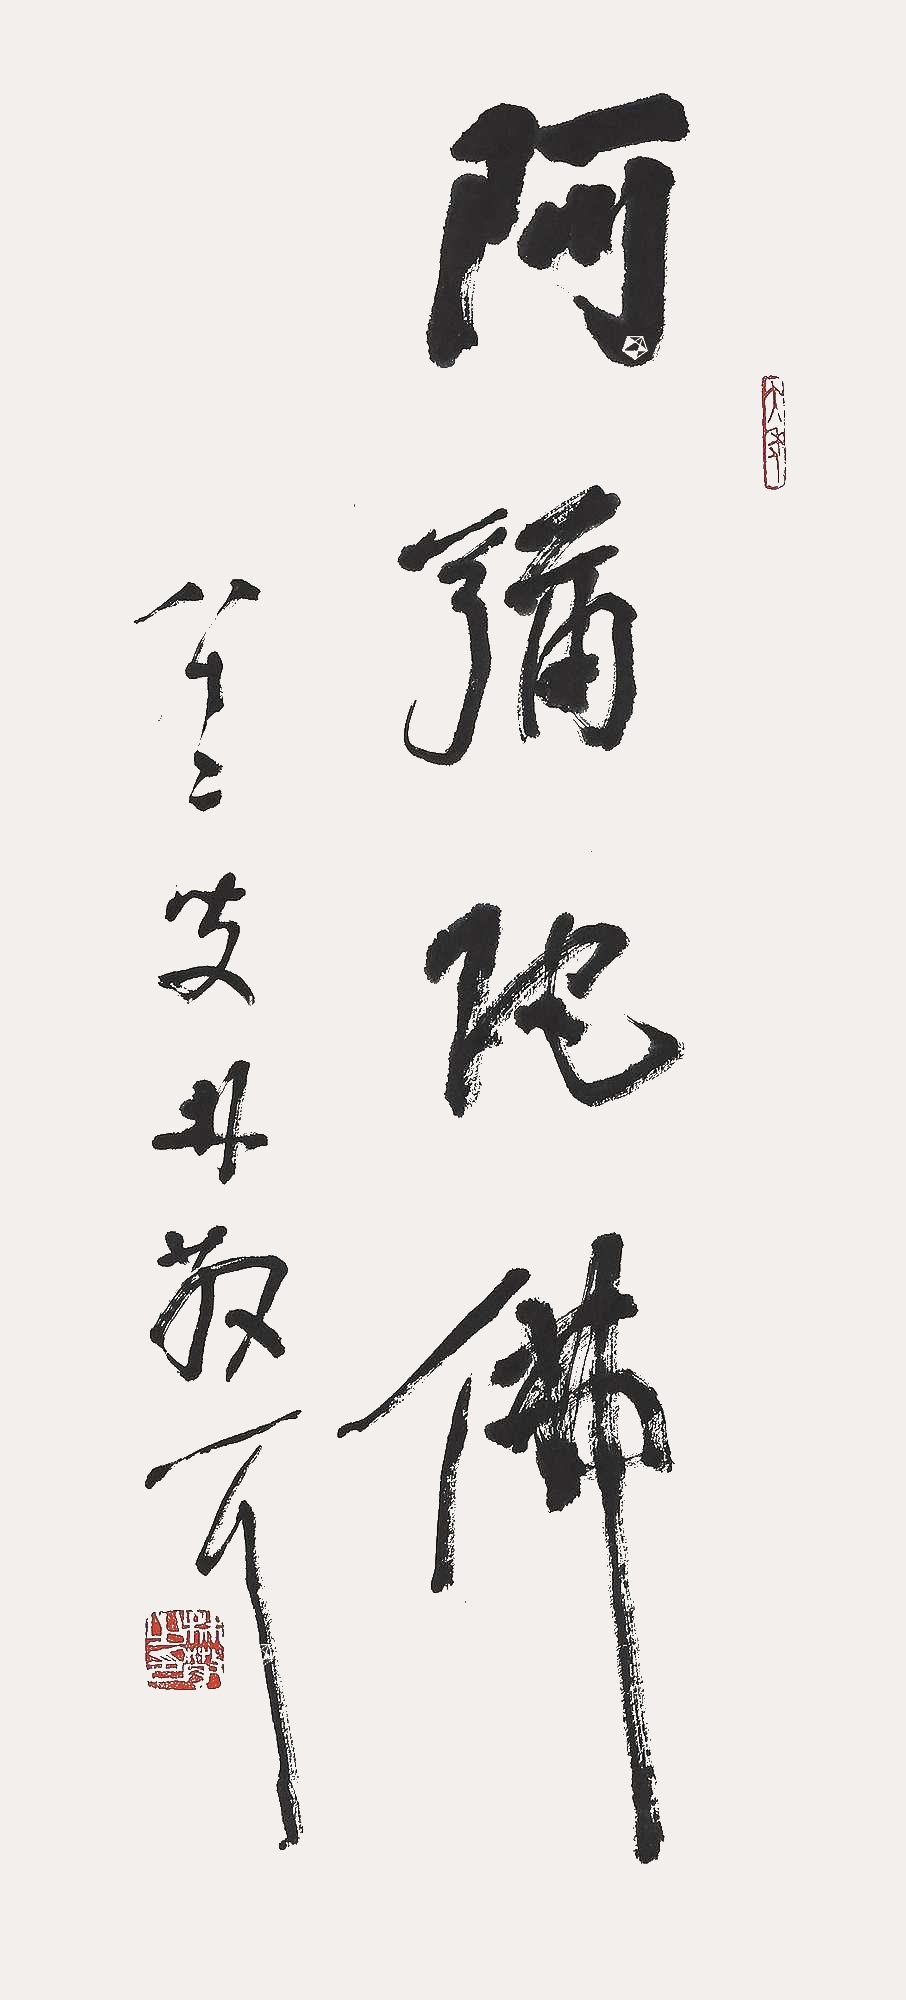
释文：阿弥陀佛，八十二叟林散之。